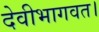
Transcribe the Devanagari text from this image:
देवीभागवत।